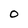
Character: 0